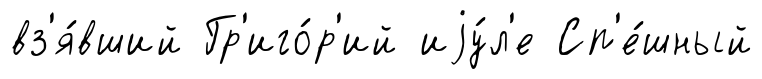
вз'я́вший Гр'иго́р'ий иjу́л'е Сп'е́шный